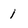
Character: 1